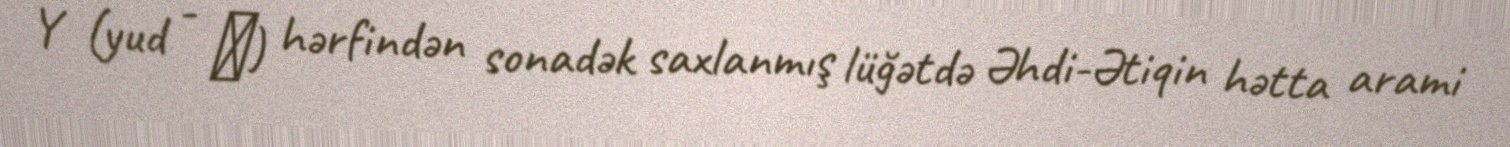
Y (yud - י) hərfindən sonadək saxlanmış lüğətdə Əhdi-Ətiqin hətta arami